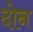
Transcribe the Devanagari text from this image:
दाेन